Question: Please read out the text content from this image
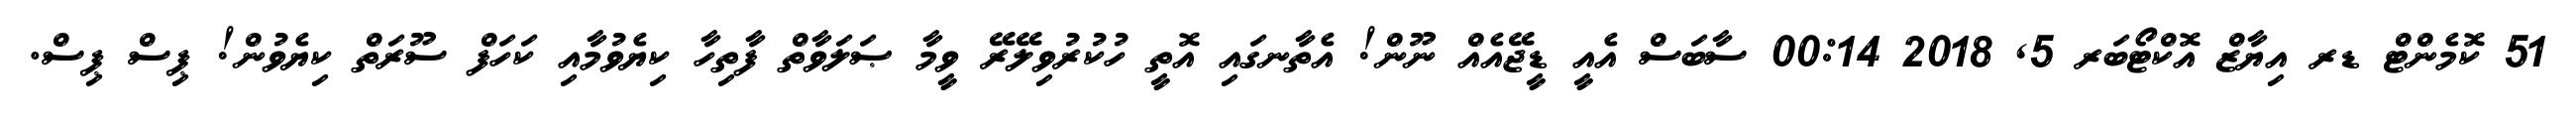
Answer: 51 ކޮމެންޓް ޑރ އިޔާޒް އޮކްޓޯބަރ 5, 2018 00:14 ސާބަސް އެއީ ޑީޖޭއެއް ނޫން! އެތާނގައި އޮތީ ހުކުރުވިލޭރޭ ވީމާ ޞަލަވާތް ފާތިހާ ކިޔެވުމާއި ކަހަފް ސޫރަތް ކިޔެވުން! ޕިސް ޕިސް.